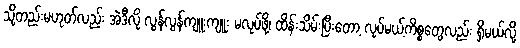
သို့တည်းမဟုတ်လည်း အဲဒီလို လွန်လွန်ကျူးကျူး မလုပ်ဖို့၊ ထိန်းသိမ်းပြီးတော့ လုပ်မယ့်ကိစ္စတွေလည်း ရှိမယ်လို့